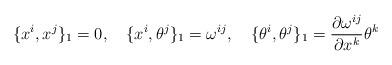
LaTeX: \begin{align*}\{x^i, x^j\}_{1}=0,\quad \{x^i, \theta^j\}_{1}=\omega^{ij},\quad\{\theta^i, \theta^j\}_{1}=\frac{\partial\omega^{ij}}{\partial x^k}\theta^k\end{align*}